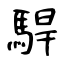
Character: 駻